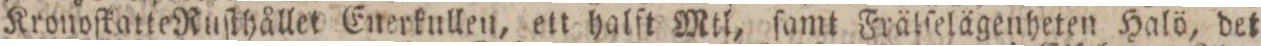
Kronoſkatte Ruſthållet Enerkullen, ett halft Mtl, ſamt Frälſelägenheten Halö, det